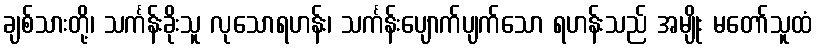
ချစ်သားတို့၊ သင်္ကန်းခိုးသူ လုသောရဟန်း၊ သင်္ကန်းပျောက်ပျက်သော ရဟန်းသည် အမျိုး မတော်သူထံ